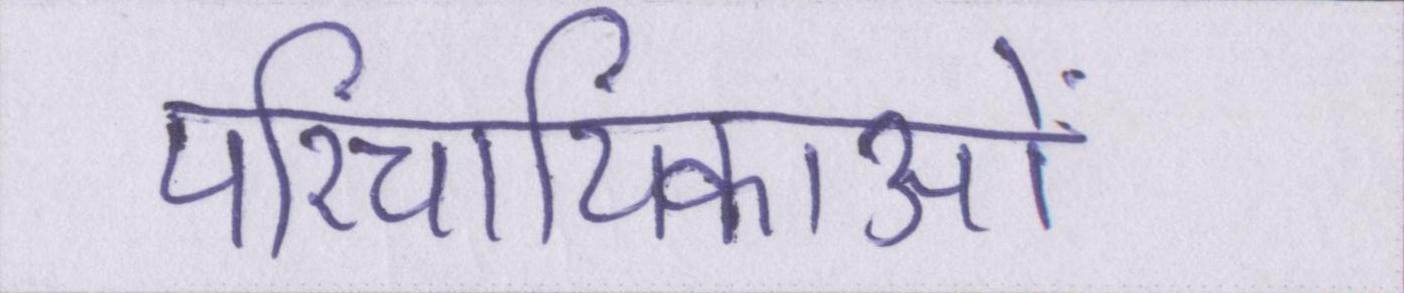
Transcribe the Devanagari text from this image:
परिचायिकाओं